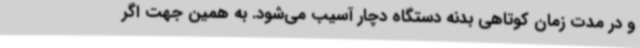
و در مدت زمان کوتاهی بدنه دستگاه دچار آسیب می‌شود. به همین جهت اگر